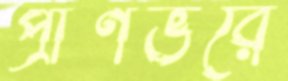
প্রাণভরে